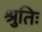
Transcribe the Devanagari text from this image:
श्रुतिः